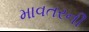
માવતરની